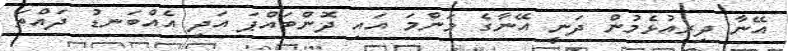
އޭނާ ދިރިއުޅެމުން ދަނީ އޭނާގެ މަންމަ އައި ދޮންބައްޕަ އަދި އެއްބަނޑު ދައްތަ